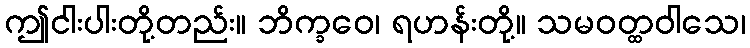
ဤငါးပါးတို့တည်း။ ဘိက္ခဝေ၊ ရဟန်းတို့။ သမဝတ္ထဝါသေ၊